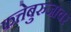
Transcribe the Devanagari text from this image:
फत्तेबुरुजावर